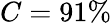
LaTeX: C=91\%